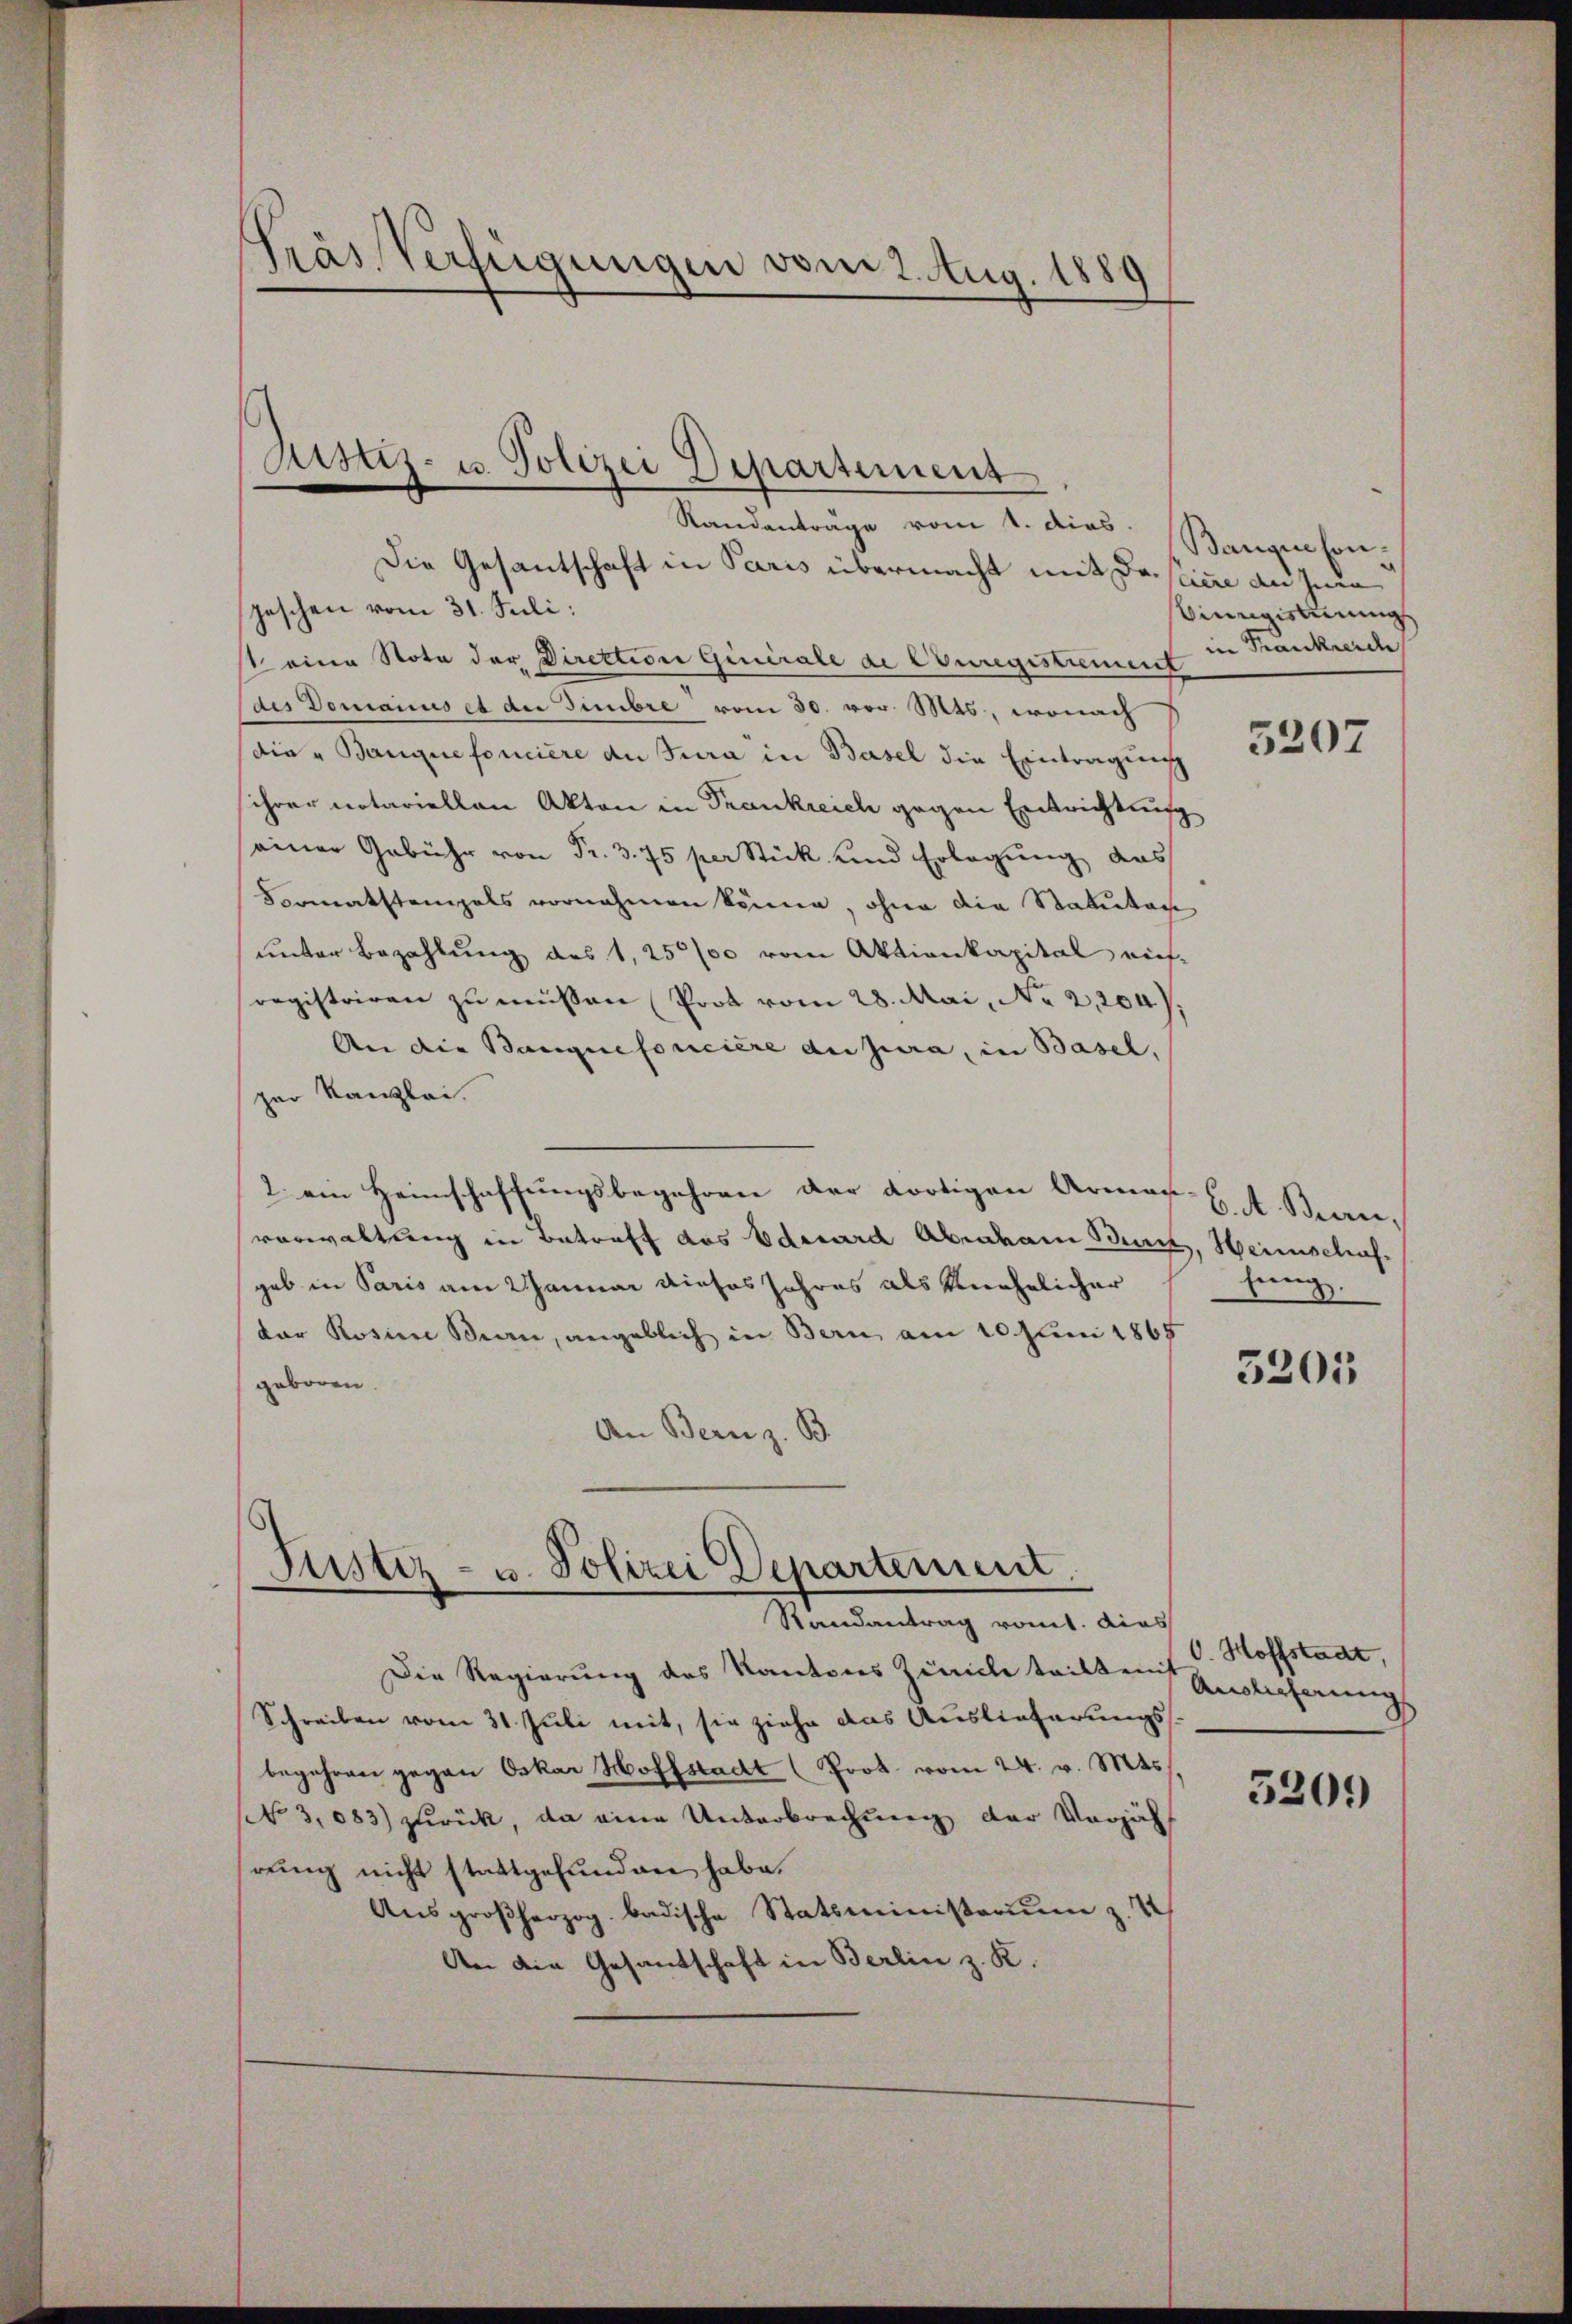
Pras Verfügungen vom 2. Aug. 1880

Standantrage vom 1. dies
Die Gesantschaft in Paris übermacht mit Dasticke an jede
jeschen vom 31. Juli:
1 eine Note der Direktion Giuirale de Euregistrement
des Domains et der Fimbre vom 30. vor. Mts., wonach
die "Banque foncière de Jura in Basel die Eintragung
sihrer notariellen Akten in Trankreich gegen Entrichtung
einer Gebühr von Fr. 3. 75 per Stick und Erlegung das
Formatstemals vornehmen könne, ohne die Statutage
unter Bezahlung des 1, 25/00 vom Aktienkapital ein-
registriren zu müssen Prot vom 28. Mai, No 2,204).
An die Bangiefoncière du jura, in Basel,
zer Kanzlei.
2. ein Heimschaffungsbegehren der dortigen Arman.
vorwaltung in Betreff das Edesard Abraham Benz, Heimschafgab in Paris am Januar dieses Jahres als Unehelicher
dar Rosien Bern, angeblich in Bern am 10. Juni 1865
geboren.
An Bern z. B.

Zustiz- u. Polizei Departement

Justiz- u. Polizei Departement.
Randantrag romt. Dies

Die Regierung des Kantons Zürich teilt mit
Schreiben vom 31. Juli mit, sie ziehe das Auslieferungsbegehren gegen Oskar Hoffstadt (Prot. vom 24. v. Mts.
No 3,083) zurück, da eine Unterbrechung der Verjährung nicht stattgefunden habe.
Ausgroßherzog. badische Statsministraum z. 4
An die Gesandschaft in Berlin z. K.

Banque son¬
Vinegisterungs
in Frankreic

5207

6. A. Bern,
sung.

3201

O. Hoffstadt,
Auslieferung

5209